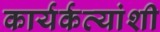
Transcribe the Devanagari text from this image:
कार्यर्कत्यांशी